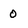
Character: 0